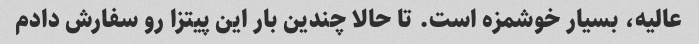
عالیه، بسیار خوشمزه است. تا حالا چندین بار این پیتزا رو سفارش دادم